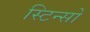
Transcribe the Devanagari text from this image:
स्टिन्सों